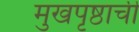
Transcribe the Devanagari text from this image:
मुखपृष्ठाची